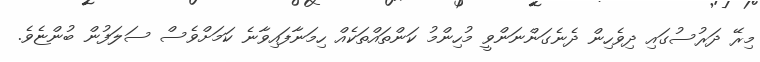
މިރޭ ދަރުސުގައި ދިވެހިން ދެނެގަންނަންވީ މުހިންމު ކަންތައްތަކެއް ހިމަނާފައިވާނެ ކަމަށްވެސް ސަލަފުން ބުންޏެވެ.